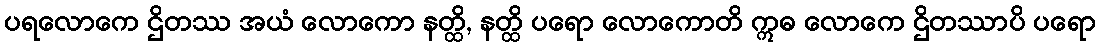
ပရလောကေ ဌိတဿ အယံ လောကော နတ္ထိ, နတ္ထိ ပရော လောကောတိ ဣဓ လောကေ ဌိတဿာပိ ပရော